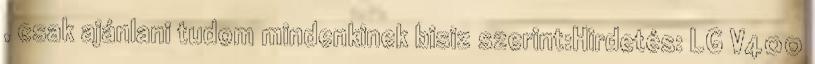
, csak ajánlani tudom mindenkinek bisiz szerint:Hirdetés: LG V400